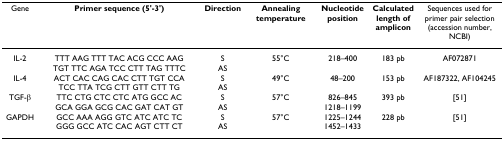
| Gene | Primer sequence (5'-3') | Direction | Annealing temperature | Nucleotide position | Calculated length of amplicon | Sequences used for primer pair selection (accession number, NCBI) |
 | --- | --- | --- | --- | --- | --- | --- |
 | IL-2 | TTT AAG TTT TAC ACG CCC AAGTGT TTC AGA TCC CTT TAG TTTC | SAS | 55°C | 218–400 | 183 pb | AF072871 |
 | IL-4 | ACT CAC CAG CAC CTT TGT CCATCC TTA TCG CTT GTT CTT TG | SAS | 49°C | 48–200 | 153 pb | AF187322, AF104245 |
 | TGF-β | TTC CTG CTC CTC ATG GCC ACGCA GGA GCG CAC GAT CAT GT | SAS | 57°C | 826–8451218–1199 | 393 pb | [51] |
 | GAPDH | GCC AAA AGG GTC ATC ATC TCGGG GCC ATC CAC AGT CTT CT | SAS | 57°C | 1225–12441452–1433 | 228 pb | [51] |